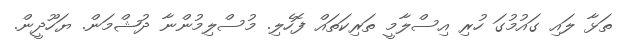
ތަޅާ ލައި ގައުމުގަ ހުރި އިސްލާމީ ތަރިކަތައް ފޮހެލި. މުސްލިމުންނާ ދުޝްމަން. ޔަހޫދީން.